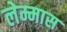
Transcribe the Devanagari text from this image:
लेम्मास